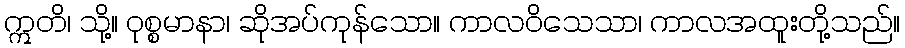
ဣတိ၊ သို့။ ဝုစ္စမာနာ၊ ဆိုအပ်ကုန်သော။ ကာလဝိသေသာ၊ ကာလအထူးတို့သည်။